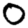
Digit: 0